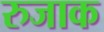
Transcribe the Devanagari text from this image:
रुजाक